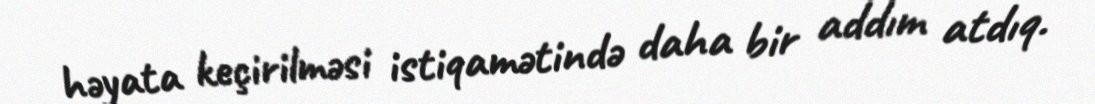
həyata keçirilməsi istiqamətində daha bir addım atdıq.